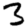
Digit: 3